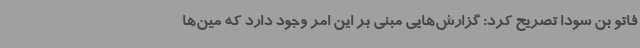
فاتو بن سودا تصریح کرد: گزارش‌هایی مبنی بر این امر وجود دارد که مین‌ها